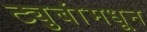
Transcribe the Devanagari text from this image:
ट्युबांमधून